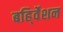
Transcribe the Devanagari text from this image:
बहि्र्वेशन